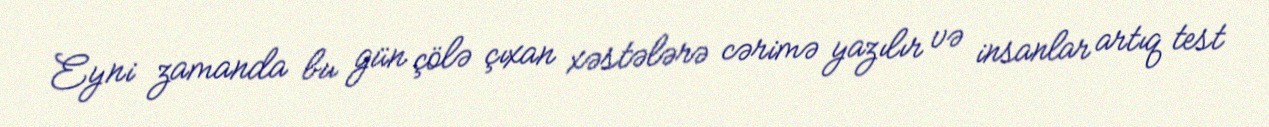
Eyni zamanda bu gün çölə çıxan xəstələrə cərimə yazılır və insanlar artıq test